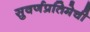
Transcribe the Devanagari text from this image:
सुवर्णप्रतिमेची